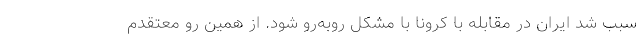
سبب شد ایران در مقابله با کرونا با مشکل روبه‌رو شود. از همین رو معتقدم